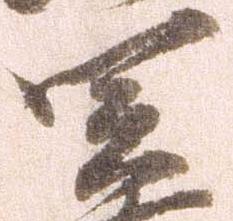
関